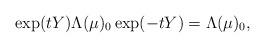
LaTeX: \begin{align*}\exp (t Y) \Lambda (\mu)_0 \exp (-tY) =\Lambda (\mu)_0,\end{align*}